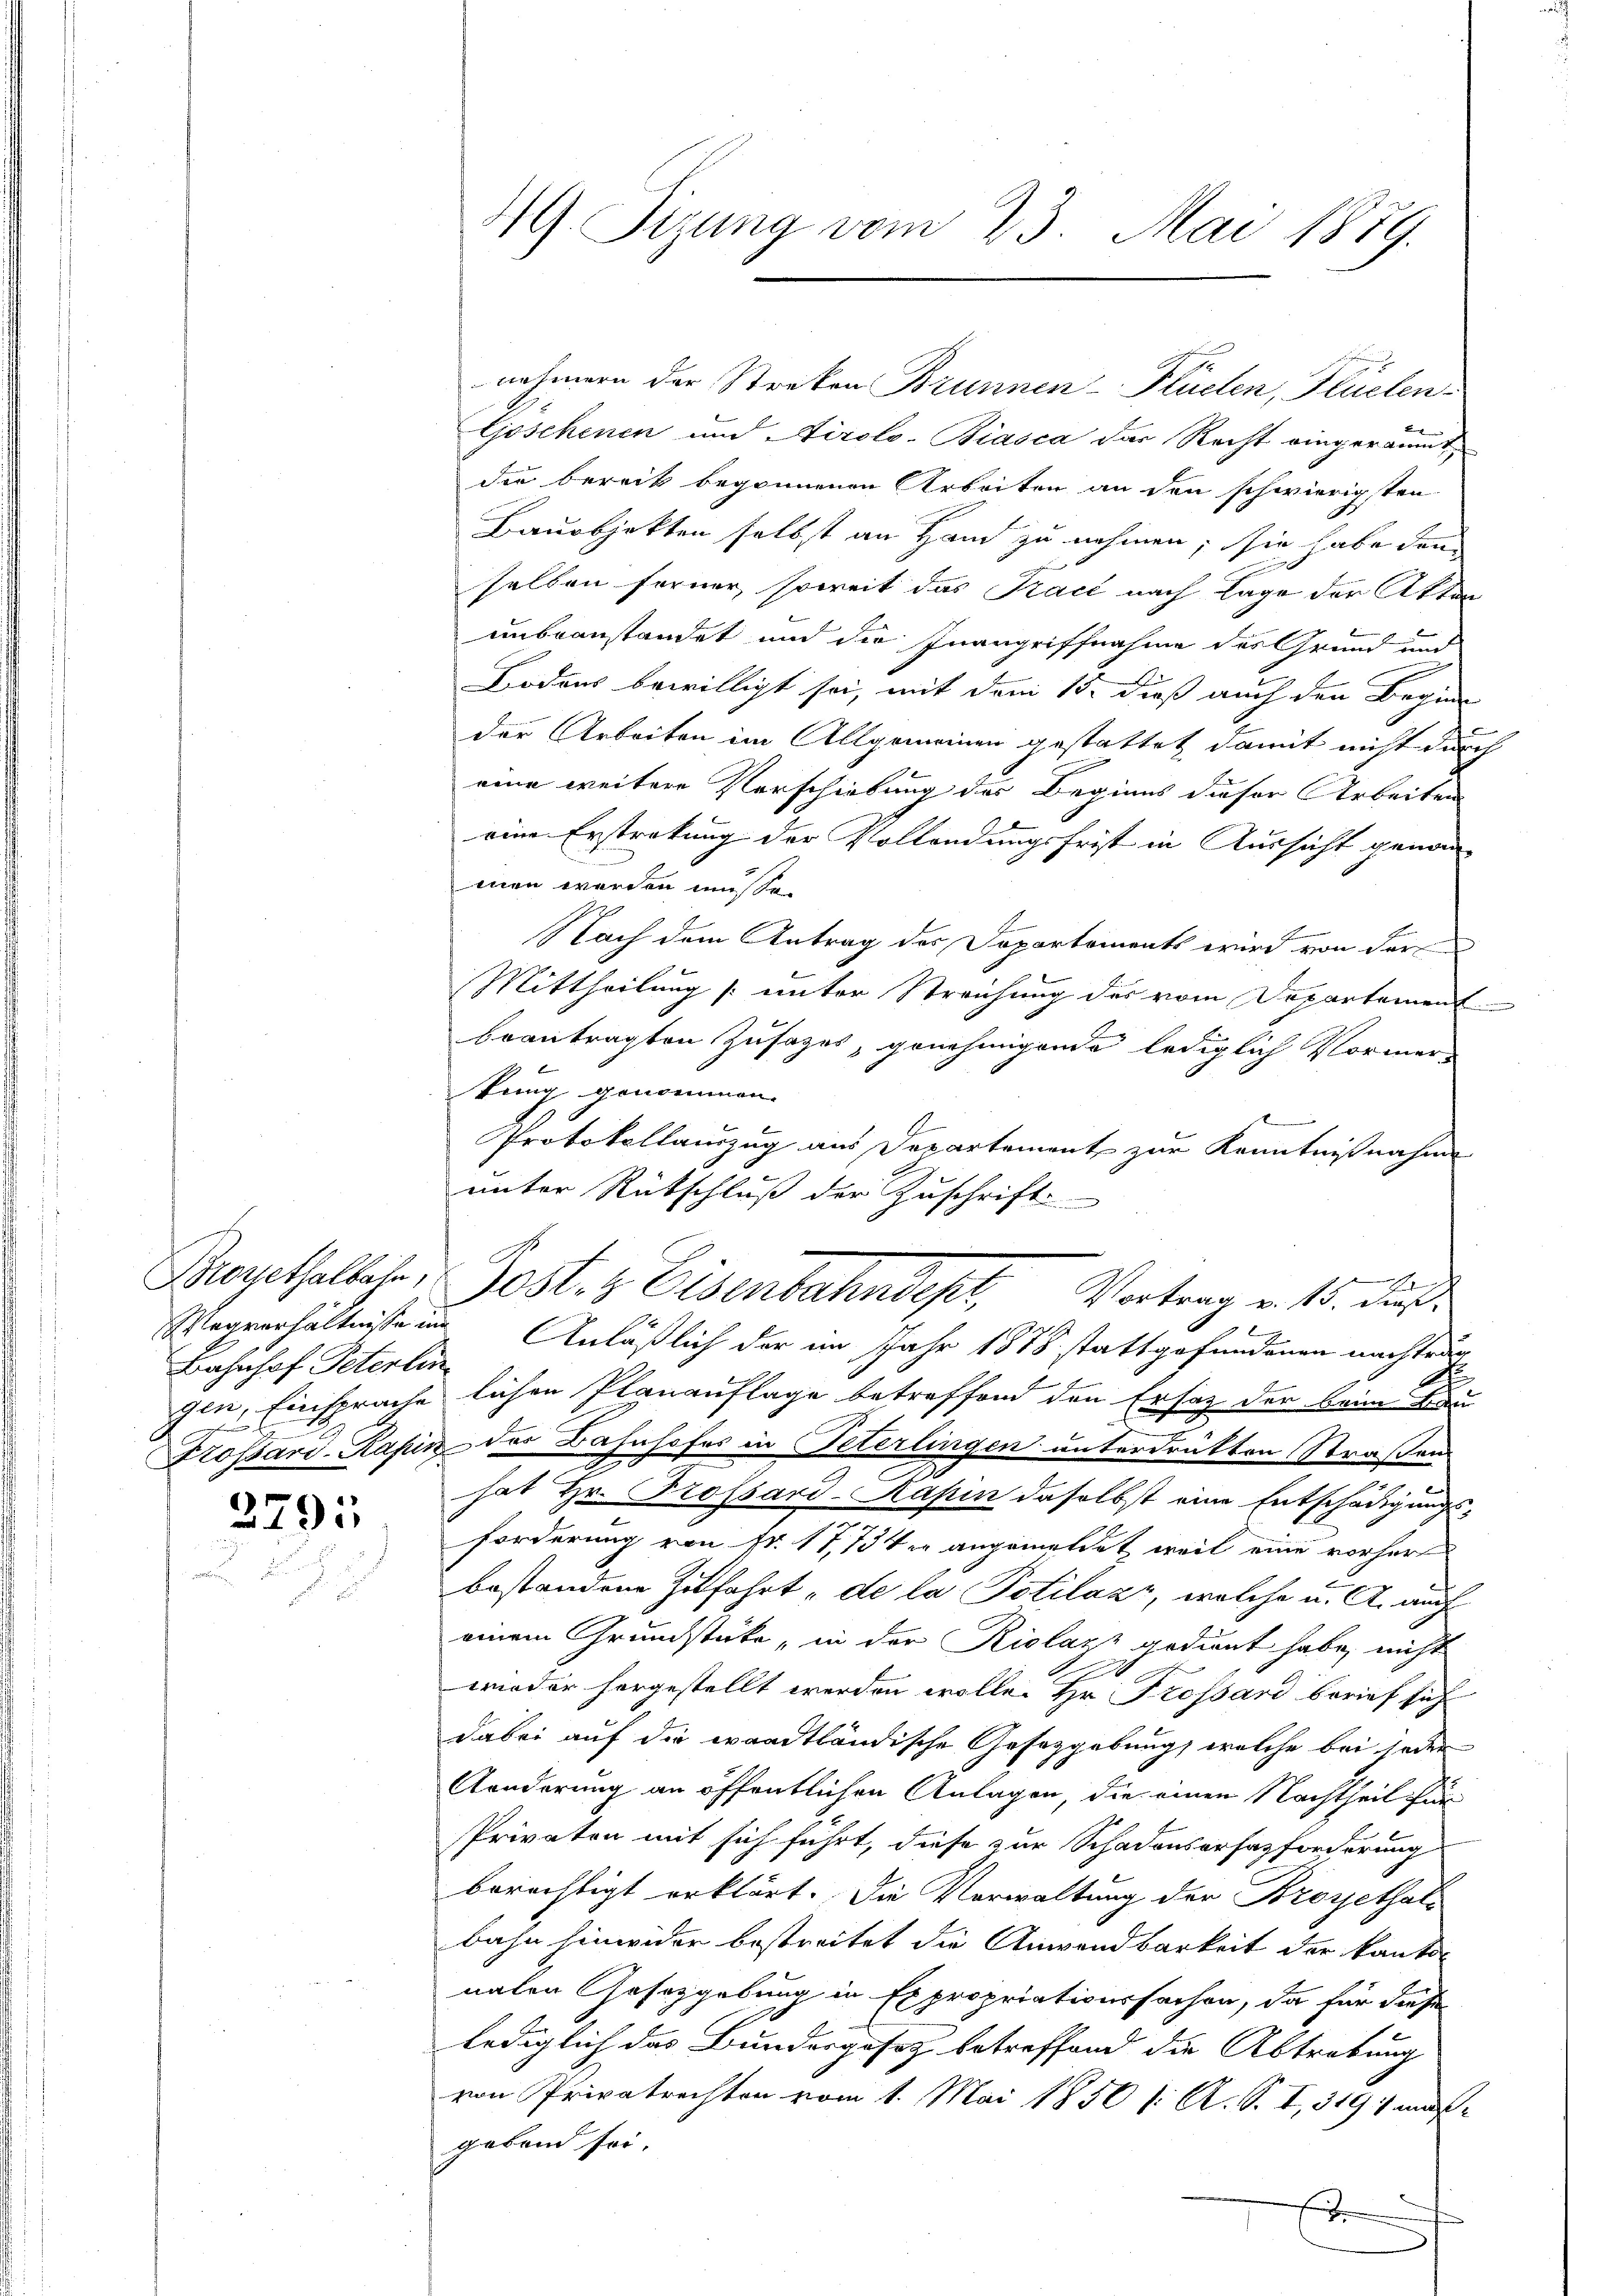
Broyethalbahn,
Bahnhof Peterlin

2791

49. Sizung vom 23. Mai 1889.

nehmern der Streken Brunnen-Flüchen, Flucten
Göschenen und Airolo-Biasca der Recht eingeräumt
Die bereck begonnenen Arbeiten an den schwierigsten
Bauobjekten selbst an Hand zu nehmen; sie habe dann
selben ferner, soweit das Pract nach Lage der Akten
unbeanstandet und die Inangriffnahme des Grund und
Bodens bewilligt sei, mit dem 15. dieß auch den Begin-
der Arbeiten im Allgemeinen gestattet damit nicht durch
eine weitere Verschiebung des Beginns dieser Arbeiten
eine Erstrakung der Vollendungsfrist in Aussicht genommen werden müsse.
Nach dem Antrag der Departements wird von der
Mittheilung [unter Streichung des vom Departement
beantragten Zusages, genehmigende lediglich Vormerkung genommen.
Protokollauszug aus Departement zur Kenntnißnahme
unter Rückschluß der Zuschrift.
d
Post. Eisenbahndepr
Vortrag v. 15. dieß
Wegverhältnisse im Anläßlich der im Jahr 1878 stattgefundenen nachtrag
gen, Einsprache lichen Planauflage betreffend den Ersatz der beim kan
Fossard-Kapin des Bahnhofes in Peterlingen unterdrükten Straßens
hat Hr. Trossard-Kapin daselbst eine Entschädigungsforderung von fr. 17,73ter angemeldet, weil eine vorher
bestandene Zufahrt „de la Potilaz, welche u. A. auch
einem Grundstücke, in der Riolazz gedient habe, nicht
.
wieder horgestellt werden wolle. Hr. Trossard berief sich
dabei auf die waadtländische Gesetzgebung, welche bei jeder
Aorderung an öffentlichen Anlagen, die einen Nachtheil für
Privaten mit sich führt, diese zur Schadensersatzforderung
berechtigt erklärt. Die Verwaltung der Broyethals
bahn hinwider bestreitet die Anwendbarkeit der kanton
naten Gesetzgebung in Expropriationssachen, da für diese
lediglich das Bundesgesetz betreffend die Abtretung
von Privatrechten vom 1. Mai 1850 f: A. S. I, 349 1 maß
gebend sei.
F